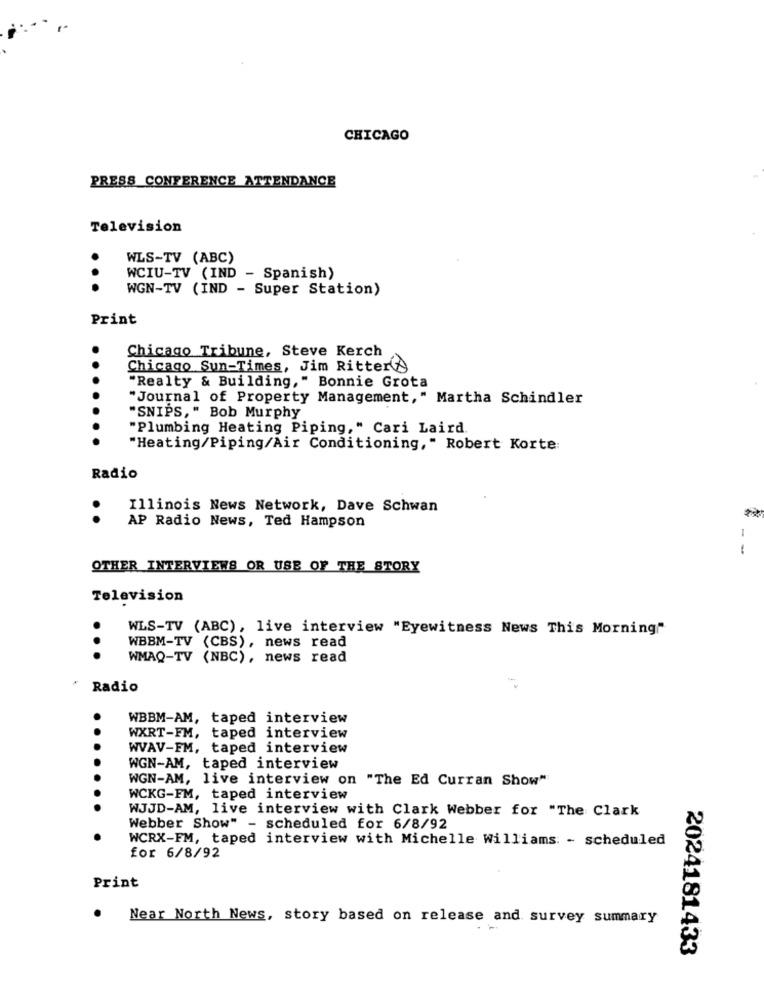
CHICAGO
PRESS CONFERENCE ATTENDANCE
Television
WLS-TV (ABC)
WCIU-TV (IND - Spanish)
WGN-TV (IND - Super Station)
Print
Chicago Tribune, Steve Kerch
Chicago Sun-Times, Jim Ritter
"Realty & Building," Bonnie Grota
"Journal of Property Management," Martha Schindler
"SNIPS," Bob Murphy
"Plumbing Heating Piping," Cari Laird
"Heating/Piping/Air Conditioning," Robert Korte:
Radio
Illinois News Network, Dave Schwan
..
AP Radio News, Ted Hampson
I
OTHER INTERVIEWS OR USE OF THE STORY
Television
WLS-TV (ABC), live interview "Eyewitness News This Morning""
WBBM-TV (CBS), news read
..
WMAQ-TV (NBC), news read
Radio
WBBM-AM, taped interview
. .
WXRT-FM, taped interview
WVAV-FM, taped interview
WGN-AM, taped interview
WGN-AM, live interview on "The Ed Curran Show"
WCKG-FM, taped interview
WJJD-AM, live interview with Clark Webber for "The Clark
Webber Show" - scheduled for 6/8/92
WCRX-FM, taped interview with Michelle Williams: - scheduled
for 6/8/92
Print
Near North News, story based on release and survey summary
2024181433